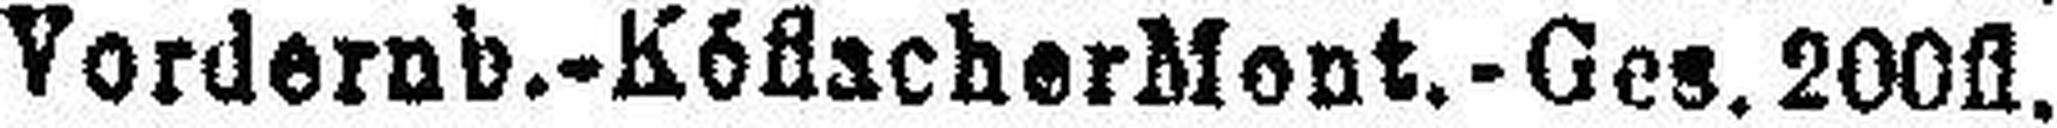
Vordernb.-Köflacher Mont.-Ges. 200fl.